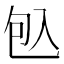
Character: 𠓨